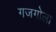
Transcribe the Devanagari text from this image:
गजगोला